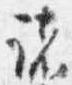
諸